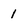
Character: 1